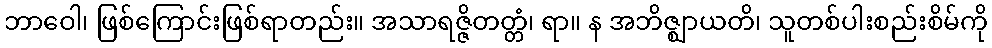
ဘာဝေါ၊ ဖြစ်ကြောင်းဖြစ်ရာတည်း။ အသာရဇ္ဇိတတ္တံ၊ ရာ။ န အဘိဇ္ဈာယတိ၊ သူတစ်ပါးစည်းစိမ်ကို